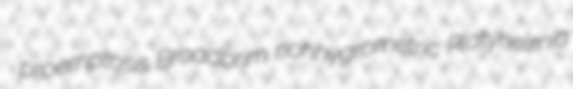
proemptosis Broadbrim nonhygrometric Platyhelmia